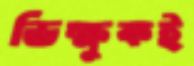
ভিক্ষুকই